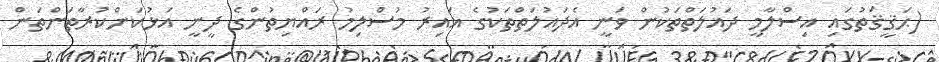
(ޙަޤީޤަތުގައި އިސްލާމީ ދައުލަތްތަކުން ވަނީ އެދައުލަތްތަކުގެ ޣައިރު މުސްލިމު ރައްޔިތުންގެ ދީނީ އަޅުކަންކުރާތަންތަން